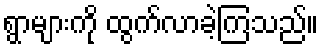
ရွာများကို ထွက်လာခဲ့ကြသည်။